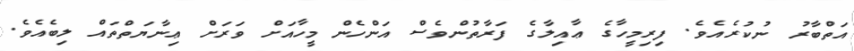
އަތްބާރު ނުކުރެއެވެ. ފިރިމީހާގެ ޢާއިލާގެ ފަރާތުންވެސް އަންހެން މީހާއަށް ވަރަށް ޢިނާޔަތްތައް ލިބެއެވެ.